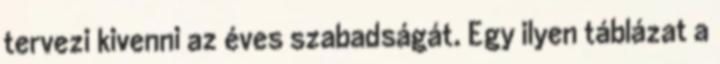
tervezi kivenni az éves szabadságát. Egy ilyen táblázat a